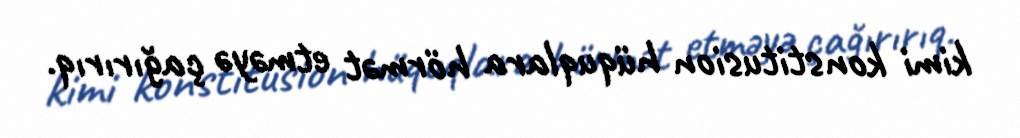
kimi konstitusion hüquqlara hörmət etməyə çağırırıq.